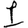
Digit: 1